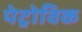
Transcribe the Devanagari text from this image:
पेट्रोविक